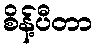
စိန့်ပီတာ